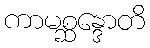
ကာမစ္ဆန္ဒောတိ